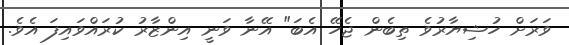
ވަރަށް ހުޝިޔާރުވެ ތިބެން ޖެހޭ އެބަ" އޭނާ ވަނީ އިންޒާރު ކުރައްވައިފަ އެވެ.